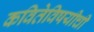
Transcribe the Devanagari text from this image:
कवितेविषयीची